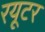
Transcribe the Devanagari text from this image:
रयूटर